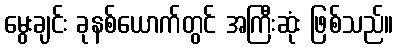
မွေးချင်း ခုနစ်ယောက်တွင် အကြီးဆုံး ဖြစ်သည်။